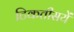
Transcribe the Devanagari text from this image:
टिकतीसयें